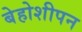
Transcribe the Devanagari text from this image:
बेहोशीपन